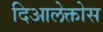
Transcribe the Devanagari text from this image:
दिआलेक्तोस